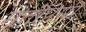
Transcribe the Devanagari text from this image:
मूर्तीप्रेमी